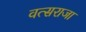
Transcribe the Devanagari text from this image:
वत्सराजा